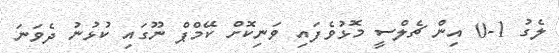
ލެގު 1-0 އިން ޗެލްސީ މޮޅުވެފައި ވަނިކޮށް ކޭމްޕް ނޫގައި ކުޅުނު ދެވަނަ